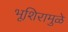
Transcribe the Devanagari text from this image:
भूशिरामुळे